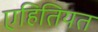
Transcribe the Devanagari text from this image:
एहितियत